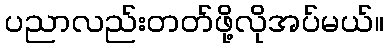
ပညာလည်းတတ်ဖို့လိုအပ်မယ်။